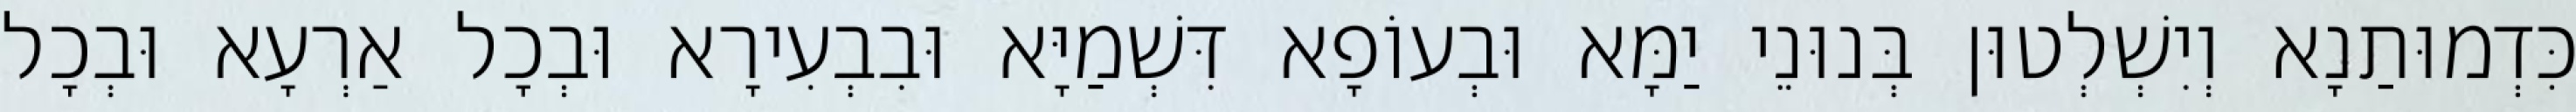
כִּדְמוּתַנָא וְיִשְׁלְטוּן בְּנוּנֵי יַמָּא וּבְעוֹפָא דִּשְׁמַיָּא וּבִבְעִירָא וּבְכָל אַרְעָא וּבְכָל